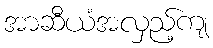
အာဆီယံအလှည့်ကျ